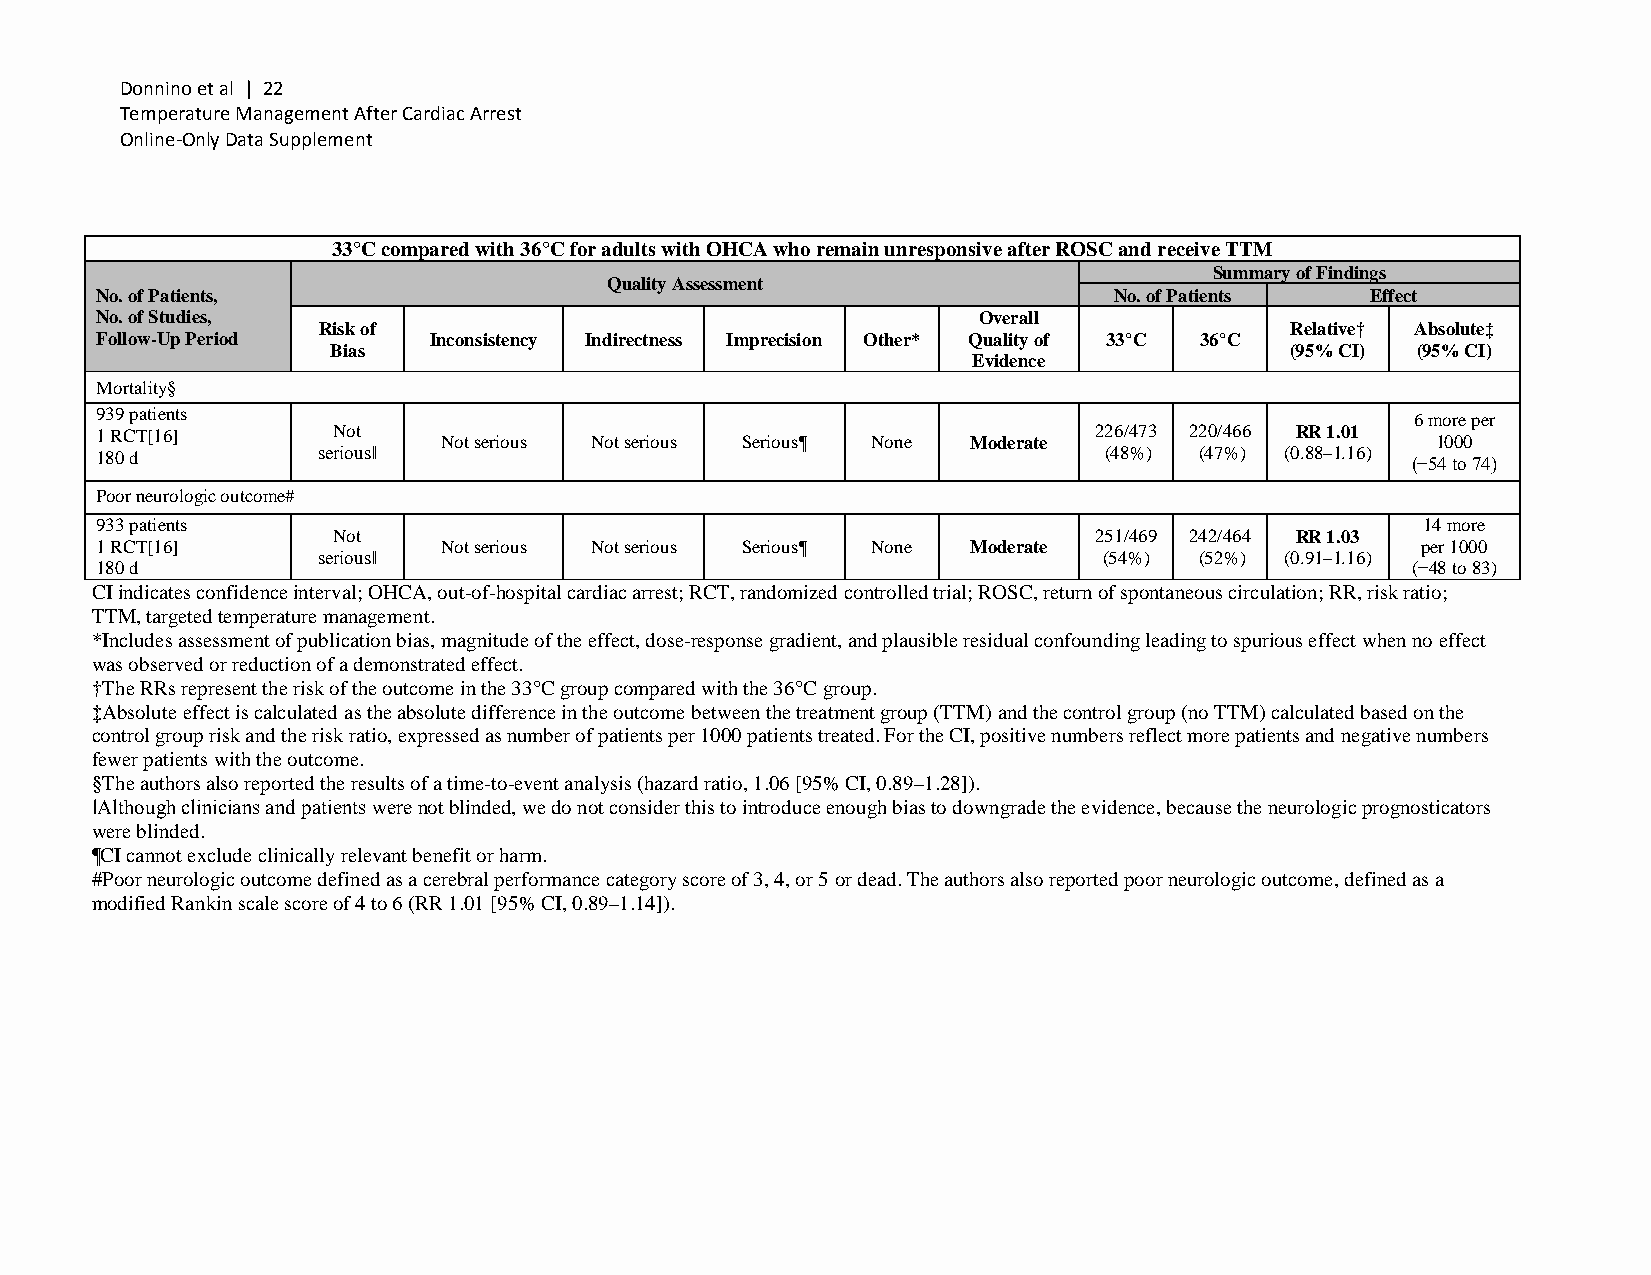
Donnino et al | 22
 Temperature Management After Cardiac Arrest
 Online-Only Data Supplement
 33°C compared with 36°C for adults with OHCA who remain unresponsive after ROSC and receive TTM
 Summary of Findings
 Quality Assessment
 No. of Patients,                                                    No. of Patients  Effect
 No. of Studies,                                            Overall
 Risk of                                                         Relative† Absolute‡
 Follow-Up Period      Inconsistency Indirectness Imprecision Other* Quality of 33°C 36°C
 Bias                                                           (95% CI) (95% CI)
 Evidence
 Mortality§
 939 patients                                                                            6 more per
 1 RCT[16]       Not    Not serious Not serious Serious¶ None Moderate 226/473 220/466 RR 1.01 1000
 180 d          serious‖                                            (48%) (47%) (0.88–1.16) (−54 to 74)
 Poor neurologic outcome#
 933 patients                                                                            14 more
 Not                                               251/469 242/464 RR 1.03
 1 RCT[16]              Not serious Not serious Serious¶ None Moderate                   per 1000
 serious‖                                            (54%) (52%) (0.91–1.16)
 180 d                                                                                  (−48 to 83)
 CI indicates confidence interval; OHCA, out-of-hospital cardiac arrest; RCT, randomized controlled trial; ROSC, return of spontaneous circulation; RR, risk ratio;
 TTM, targeted temperature management.
 *Includes assessment of publication bias, magnitude of the effect, dose-response gradient, and plausible residual confounding leading to spurious effect when no effect
 was observed or reduction of a demonstrated effect.
 †The RRs represent the risk of the outcome in the 33°C group compared with the 36°C group.
 ‡Absolute effect is calculated as the absolute difference in the outcome between the treatment group (TTM) and the control group (no TTM) calculated based on the
 control group risk and the risk ratio, expressed as number of patients per 1000 patients treated. For the CI, positive numbers reflect more patients and negative numbers
 fewer patients with the outcome.
 §The authors also reported the results of a time-to-event analysis (hazard ratio, 1.06 [95% CI, 0.89–1.28]).
 ‖Although clinicians and patients were not blinded, we do not consider this to introduce enough bias to downgrade the evidence, because the neurologic prognosticators
 were blinded.
 ¶CI cannot exclude clinically relevant benefit or harm.
 #Poor neurologic outcome defined as a cerebral performance category score of 3, 4, or 5 or dead. The authors also reported poor neurologic outcome, defined as a
 modified Rankin scale score of 4 to 6 (RR 1.01 [95% CI, 0.89–1.14]).